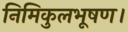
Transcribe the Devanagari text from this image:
निमिकुलभूषण।